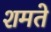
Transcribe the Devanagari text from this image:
शमते